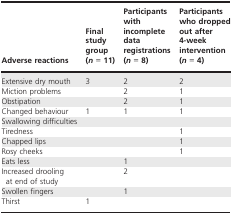
<table><thead><tr><td><b>Adverse reactions</b></td><td><b>Final study group (<i>n</i> = 11)</b></td><td><b>Participants with incomplete data registrations (<i>n</i> = 8)</b></td><td><b>Participants who dropped out after 4‐week intervention (<i>n</i> = 4)</b></td></tr></thead><tbody><tr><td>Extensive dry mouth</td><td>3</td><td>2</td><td>2</td></tr><tr><td>Miction problems</td><td></td><td>2</td><td>1</td></tr><tr><td>Obstipation</td><td></td><td>2</td><td>1</td></tr><tr><td>Changed behaviour</td><td>1</td><td>1</td><td>1</td></tr><tr><td>Swallowing difficulties</td><td></td><td></td><td></td></tr><tr><td>Tiredness</td><td></td><td></td><td>1</td></tr><tr><td>Chapped lips</td><td></td><td></td><td>1</td></tr><tr><td>Rosy cheeks</td><td></td><td></td><td>1</td></tr><tr><td>Eats less</td><td></td><td>1</td><td></td></tr><tr><td>Increased drooling at end of study</td><td></td><td>2</td><td></td></tr><tr><td>Swollen fingers</td><td></td><td>1</td><td></td></tr><tr><td>Thirst</td><td>1</td><td></td><td></td></tr></tbody></table>